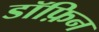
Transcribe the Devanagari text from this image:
डॉफ़िन